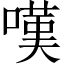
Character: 嘆